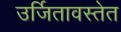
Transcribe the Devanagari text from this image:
उर्जितावस्तेत